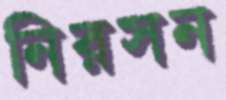
নিরসন